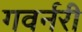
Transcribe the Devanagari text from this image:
गवर्नरी